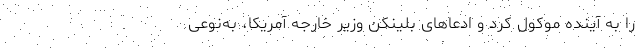
را به آینده موکول کرد و ادعاهای بلینکن وزیر خارجه آمریکا، به‌نوعی